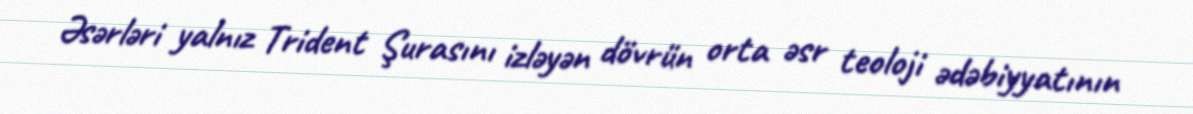
Əsərləri yalnız Trident Şurasını izləyən dövrün orta əsr teoloji ədəbiyyatının